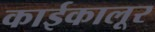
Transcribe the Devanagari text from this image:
काईकालूर